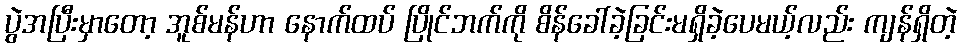
ပွဲအပြီးမှာတော့ အူစ်မန်ဟာ နောက်ထပ် ပြိုင်ဘက်ကို စိန်ခေါ်ခဲ့ခြင်းမရှိခဲ့ပေမယ့်လည်း ကျန်ရှိတဲ့